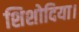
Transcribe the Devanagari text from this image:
शिशोदिया।